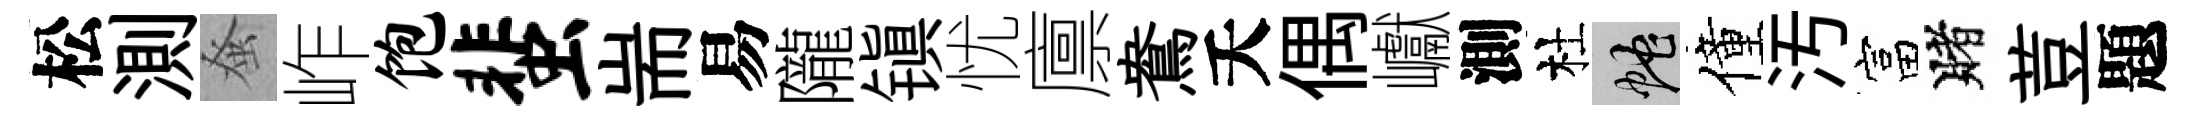
松測𫊫岞饱蜚耑易隴镇忧廪鴦夭偶巘測杜蛇僮汚富賭荳題